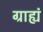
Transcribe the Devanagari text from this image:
ग्राह्यं